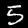
Label: 5